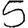
Digit: 5